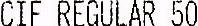
CIF REGULAR 50